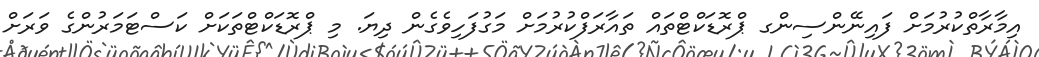
އިމާރާތްކުރުމަށް ފައިނޭންސިންގ ޕްރޮޑަކްޓްތައް ތައާރަފްކުރުމަށް މަގުފަހިވެގެން ދިޔަ. މި ޕްރޮޑަކްޓްތަކަށް ކަސްޓަމަރުންގެ ވަރަށް